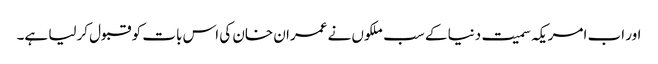
اور اب امریکہ سمیت دنیا کے سب ملکوں نے عمران خان کی اس بات کو قبول کرلیا ہے۔